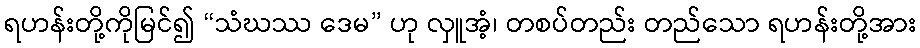
ရဟန်းတို့ကိုမြင်၍ “သံဃဿ ဒေမ” ဟု လှူအံ့၊ တစပ်တည်း တည်သော ရဟန်းတို့အား